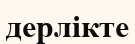
дерлікте